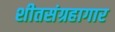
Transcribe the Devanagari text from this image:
शीतसंग्रहागार